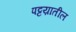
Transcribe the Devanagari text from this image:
पट्टय़ातील